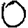
Digit: 0